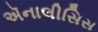
ઍનાલીસિસ